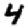
Digit: 4